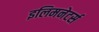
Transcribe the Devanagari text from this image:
इलिमनेटर्स